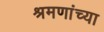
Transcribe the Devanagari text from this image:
श्रमणांच्या